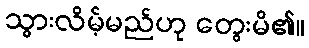
သွားလိမ့်မည်ဟု တွေးမိ၏။